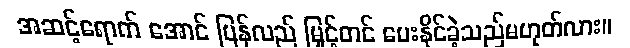
အဆင့်ရောက် အောင် ပြန်လည် မြှင့်တင် ပေးနိုင်ခဲ့သည်မဟုတ်လား။